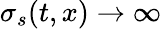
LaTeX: \sigma_{s}(t,x)\to\infty